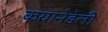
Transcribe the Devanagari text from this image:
कयानेडेली